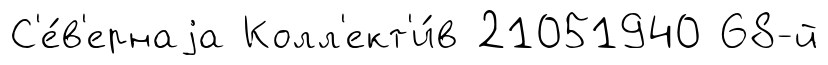
С'е́в'ернаjа Колл'ект'и́в 21051940 68-й